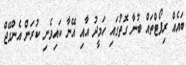
ބައެއް ރިޕޯޓްތައް ބުނާ ގޮތުގައި ހަމީދު އާއި އޭނާ ކައިވެނި ކުރަން އެންގޭޖް